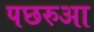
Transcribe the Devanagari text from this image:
पछरुआ